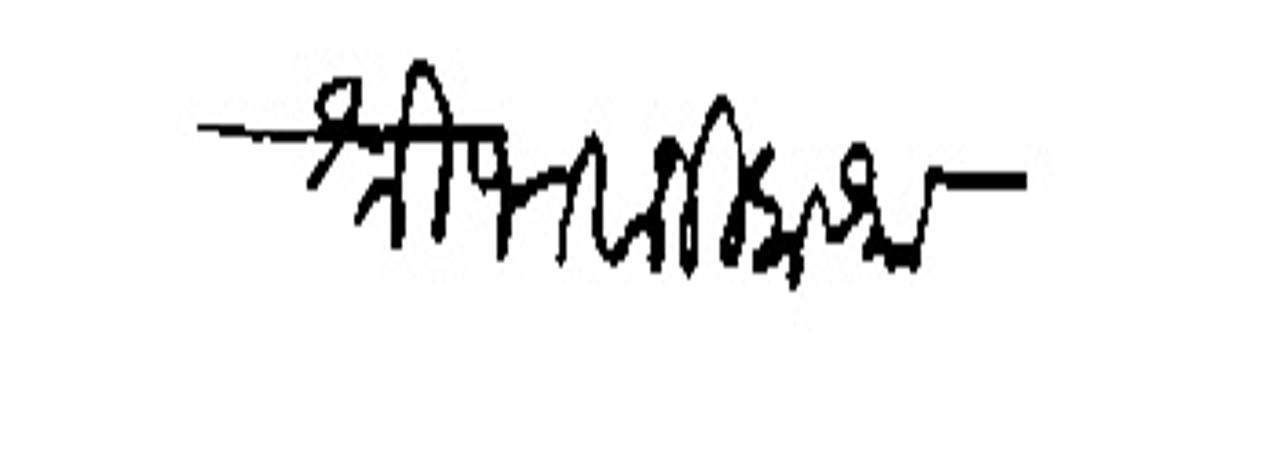
Transliteration (Devanagari): श्रीभवानी प्रसन्न